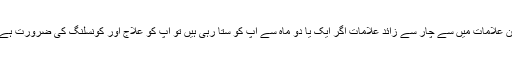
ان علامات میں سے چار سے زائد علامات اگر ایک یا دو ماہ سے آپ کو ستا رہی ہیں تو آپ کو علاج اور کونسلنگ کی ضرورت ہے۔